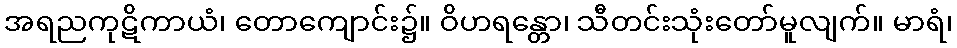
အရညကုဋိကာယံ၊ တောကျောင်း၌။ ဝိဟရန္တော၊ သီတင်းသုံးတော်မူလျက်။ မာရံ၊